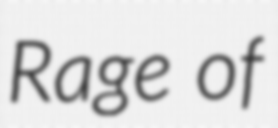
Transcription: Rage of